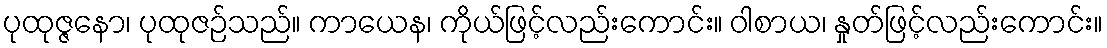
ပုထုဇ္ဇနော၊ ပုထုဇဉ်သည်။ ကာယေန၊ ကိုယ်ဖြင့်လည်းကောင်း။ ဝါစာယ၊ နှုတ်ဖြင့်လည်းကောင်း။